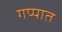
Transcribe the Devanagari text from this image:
गप्पात